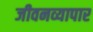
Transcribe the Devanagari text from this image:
जीवनव्यापार